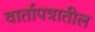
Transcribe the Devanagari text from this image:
वार्तापत्रातील